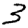
Digit: 3